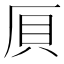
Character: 𠩠